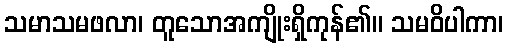
သမာသမဖလာ၊ တူသောအကျိုးရှိကုန်၏။ သမဝိပါကာ၊